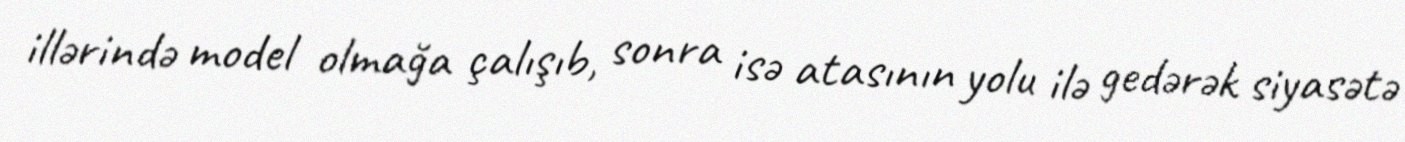
illərində model olmağa çalışıb, sonra isə atasının yolu ilə gedərək siyasətə